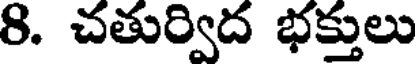
8. చతుర్విద భక్తులు